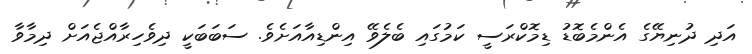
އަދި ދުނިޔޭގެ އެންމެބޮޑު ޑިމޮކްރަސީ ކަމުގައި ބެލެވޭ އިންޑިއާއަށެވެ. ސަބަބަކީ ދިވެހިރާއްޖެއަށް ދިމާވާ